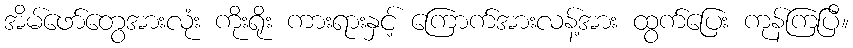
အိမ်ဖော်တွေအားလုံး ကိုးရိုး ကားရားနှင့် ကြောက်အားလန့်အား ထွက်ပြေး ကုန်ကြပြီ။